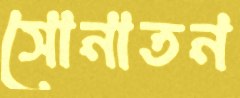
সোনাতন